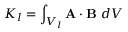
K _ { l } = \int _ { V _ { l } } \mathbf { A } \cdot \mathbf { B } \ d V